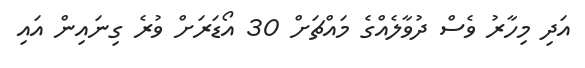
އަދި މިހާރު ވެސް ދުވާލެއްގެ މައްޗަށް 30 އޯޑަރަށް ވުރެ ގިނައިން އައި